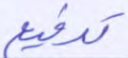
تدفيع